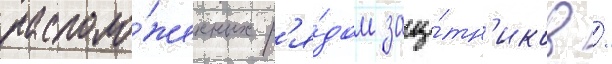
располо́женных р'я́дом защи́тн'иков /